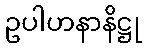
ဥပါဟနာနိဋ္ဌု